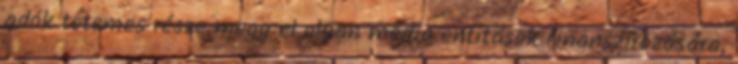
adók tetemes része megy el olyan média entitások finanszírozására,